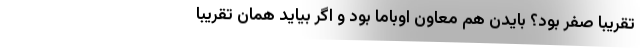
تقریبا صفر بود؟ بایدن هم معاون اوباما بود و اگر بیاید همان تقریبا